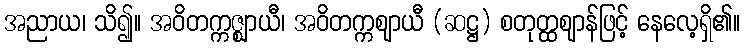
အညာယ၊ သိ၍။ အဝိတက္ကဇ္ဈာယီ၊ အဝိတက္ကဈာယီ (ဆဋ္ဌ) စတုတ္ထဈာန်ဖြင့် နေလေ့ရှိ၏။